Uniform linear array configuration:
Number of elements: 12
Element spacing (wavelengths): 0.5
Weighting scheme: binomial
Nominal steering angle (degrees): -45
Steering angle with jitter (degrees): -46.487
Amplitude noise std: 0.05
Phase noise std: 0.05

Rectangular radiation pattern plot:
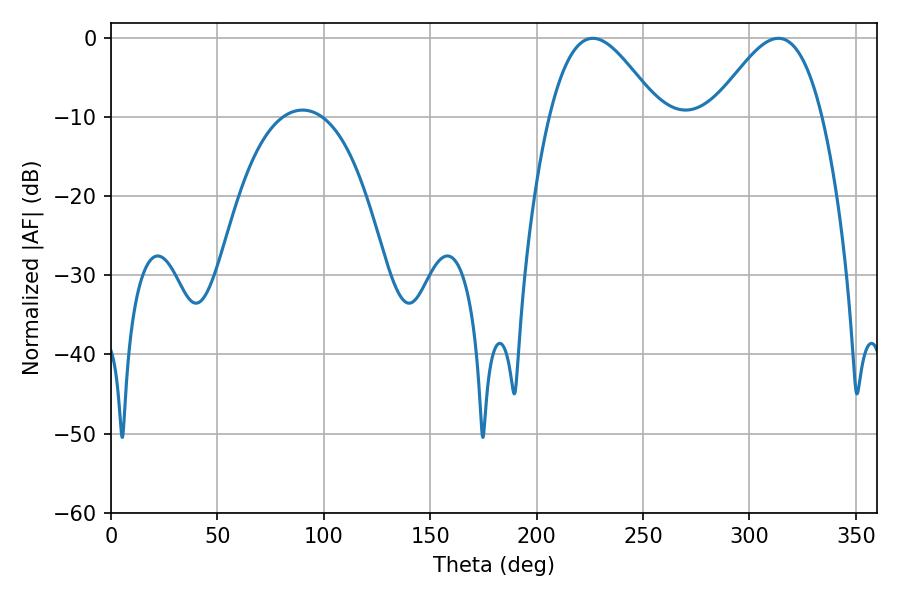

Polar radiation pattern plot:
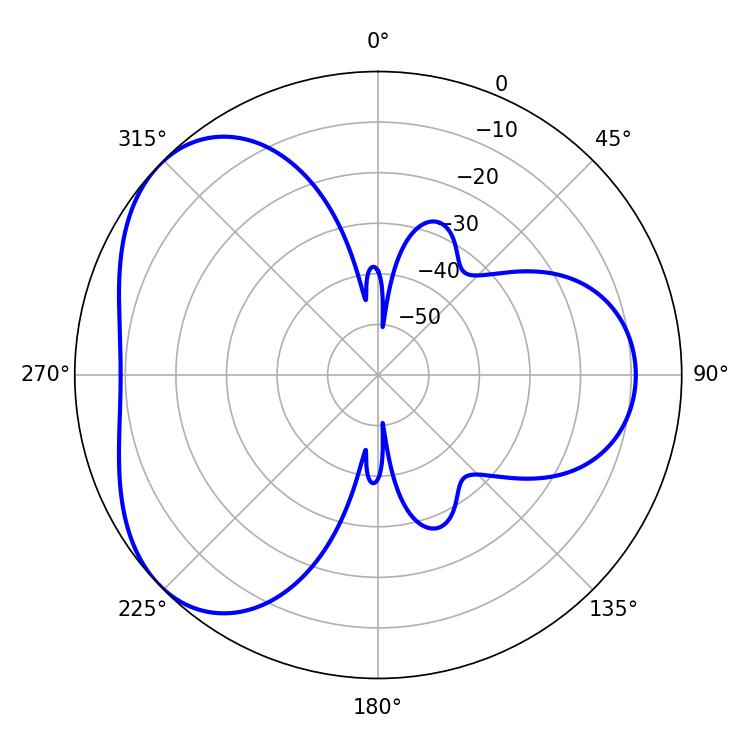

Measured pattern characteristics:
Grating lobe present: FALSE
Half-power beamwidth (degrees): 27.72
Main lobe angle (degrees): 226.44